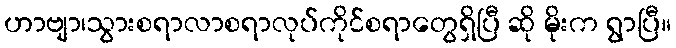
ဟာဗျာ၊သွားစရာလာစရာလုပ်ကိုင်စရာတွေရှိပြီ ဆို မိုးက ရွာပြီ။